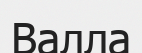
Валла